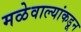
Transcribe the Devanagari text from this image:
मळेवाल्यांकडून